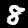
Label: 8